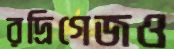
রদ্রিগেজও